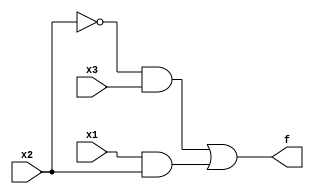
module demo(f, x1, x2, x3);
input x1, x2, x3;
output f;
and(g, x1, x2);
not(h, x2);
and(i, h, x3);
or(f, i, g);
endmodule